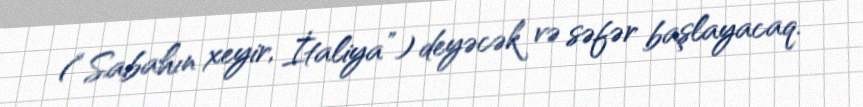
(“Sabahın xeyir, İtaliya”) deyəcək və səfər başlayacaq.